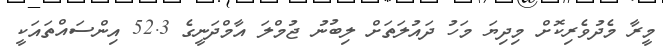
މީރާ މެދުވެރިކޮށް މިދިޔަ މަހު ދައުލަތަށް ލިބުނު ޖުމްލަ އާމްދަނީގެ 52.3 އިންސައްތައަކީ